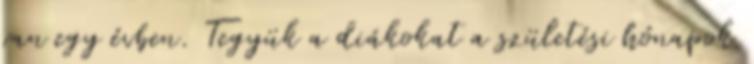
van egy évben. Tegyük a diákokat a születési hónapok